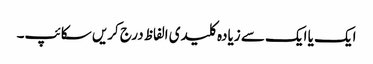
ایک یا ایک سے زیادہ کلیدی الفاظ درج کریں سکائپ۔